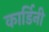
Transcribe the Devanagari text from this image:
कार्डिनी